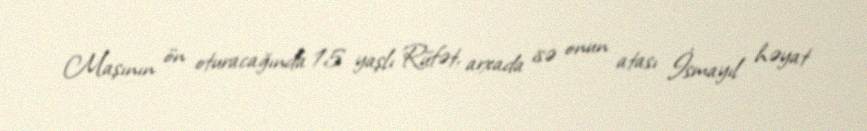
Maşının ön oturacağında 15 yaşlı Rüfət, arxada isə onun atası İsmayıl həyat